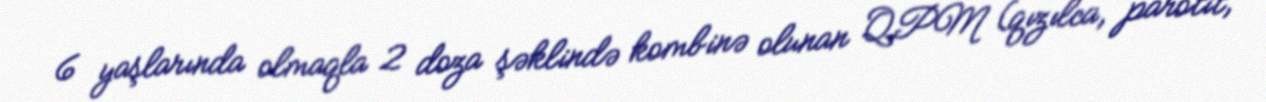
6 yaşlarında olmaqla 2 doza şəklində kombinə olunan QPM (qızılca, parotit,